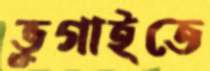
ভুগাইতে